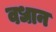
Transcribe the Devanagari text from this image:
वधान